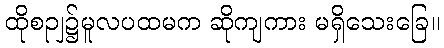
ထိုစဉျ၌မူလပထမက ဆိုကျကား မရှိသေးခြေ။